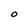
Character: O